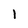
Character: 1